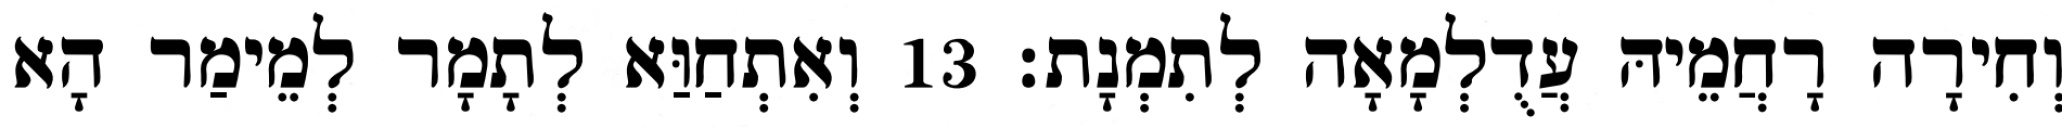
וְחִירָה רָחֲמֵיהּ עֲדֻלְמָאָה לְתִמְנָת׃ 13 וְאִתְחַוַּא לְתָמָר לְמֵימַר הָא